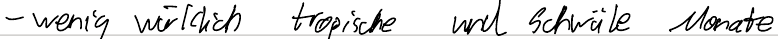
- wenig wirklich tropische und schwüle Monate